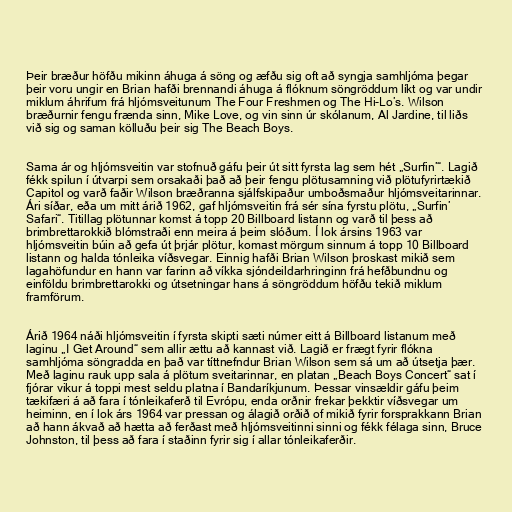
Þeir bræður höfðu mikinn áhuga á söng og æfðu sig oft að syngja samhljóma þegar
þeir voru ungir en Brian hafði brennandi áhuga á flóknum söngröddum líkt og var undir
miklum áhrifum frá hljómsveitunum The Four Freshmen og The Hi-Lo’s. Wilson
bræðurnir fengu frænda sinn, Mike Love, og vin sinn úr skólanum, Al Jardine, til liðs
við sig og saman kölluðu þeir sig The Beach Boys.

Sama ár og hljómsveitin var stofnuð gáfu þeir út sitt fyrsta lag sem hét „Surfin’“. Lagið
fékk spilun í útvarpi sem orsakaði það að þeir fengu plötusamning við plötufyrirtækið
Capitol og varð faðir Wilson bræðranna sjálfskipaður umboðsmaður hljómsveitarinnar.
Ári síðar, eða um mitt árið 1962, gaf hljómsveitin frá sér sína fyrstu plötu, „Surfin’
Safari“. Titillag plötunnar komst á topp 20 Billboard listann og varð til þess að
brimbrettarokkið blómstraði enn meira á þeim slóðum. Í lok ársins 1963 var
hljómsveitin búin að gefa út þrjár plötur, komast mörgum sinnum á topp 10 Billboard
listann og halda tónleika víðsvegar. Einnig hafði Brian Wilson þroskast mikið sem
lagahöfundur en hann var farinn að víkka sjóndeildarhringinn frá hefðbundnu og
einföldu brimbrettarokki og útsetningar hans á söngröddum höfðu tekið miklum
framförum.

Árið 1964 náði hljómsveitin í fyrsta skipti sæti númer eitt á Billboard listanum með
laginu „I Get Around“ sem allir ættu að kannast við. Lagið er frægt fyrir flókna
samhljóma söngradda en það var títtnefndur Brian Wilson sem sá um að útsetja þær.
Með laginu rauk upp sala á plötum sveitarinnar, en platan „Beach Boys Concert“ sat í
fjórar vikur á toppi mest seldu platna í Bandaríkjunum. Þessar vinsældir gáfu þeim
tækifæri á að fara í tónleikaferð til Evrópu, enda orðnir frekar þekktir víðsvegar um
heiminn, en í lok árs 1964 var pressan og álagið orðið of mikið fyrir forsprakkann Brian
að hann ákvað að hætta að ferðast með hljómsveitinni sinni og fékk félaga sinn, Bruce
Johnston, til þess að fara í staðinn fyrir sig í allar tónleikaferðir.